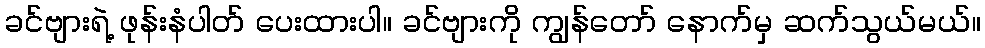
ခင်ဗျားရဲ့ ဖုန်းနံပါတ် ပေးထားပါ။ ခင်ဗျားကို ကျွန်တော် နောက်မှ ဆက်သွယ်မယ်။